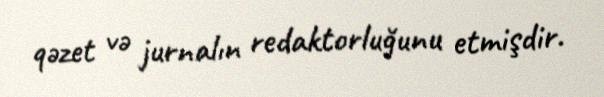
qəzet və jurnalın redaktorluğunu etmişdir.